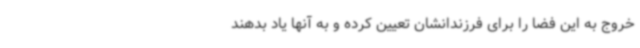
خروج به این فضا را برای فرزندانشان تعیین کرده و به آنها یاد بدهند